Elephants and their diseases
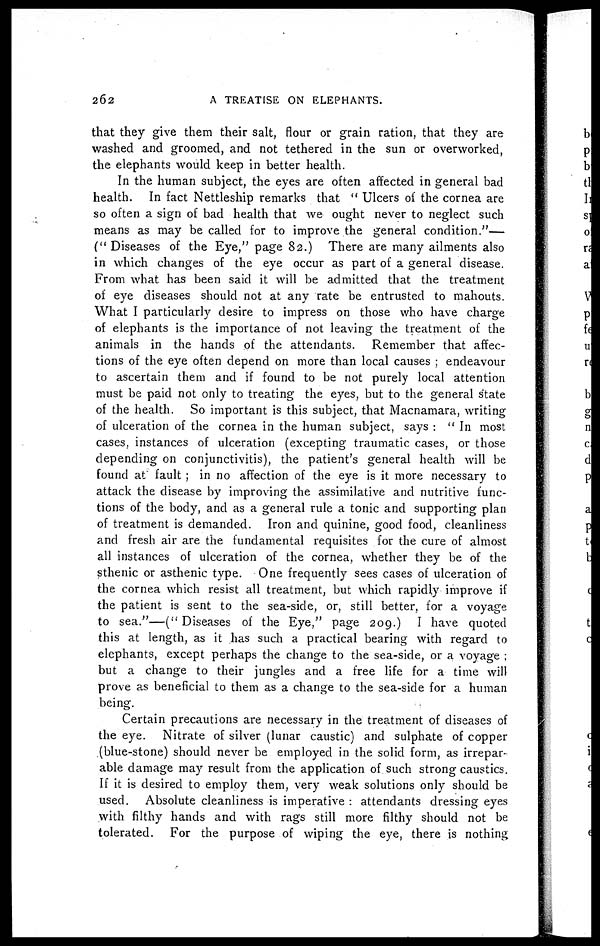
262
A TREATISE ON ELEPHANTS.
that they give them their salt, flour or grain ration, that they are
washed and groomed, and not tethered in the sun or overworked,
the elephants would keep in better health.
In the human subject, the eyes are often affected in general bad
health. In fact Nettleship remarks that " Ulcers of the cornea are
so often a sign of bad health that we ought never to neglect such
means as may be called for to improve the general condition."—
(" Diseases of the Eye," page 82.) There are many ailments also
in which changes of the eye occur as part of a general disease.
From what has been said it will be admitted that the treatment
of eye diseases should not at any rate be entrusted to mahouts.
What I particularly desire to impress on those who have charge
of elephants is the importance of not leaving the treatment of the
animals in the hands of the attendants. Remember that affec-
tions of the eye often depend on more than local causes ; endeavour
to ascertain them and if found to be not purely local attention
must be paid not only to treating the eyes, but to the general state
of the health. So important is this subject, that Macnamara, writing
of ulceration of the cornea in the human subject, says : " In most
cases, instances of ulceration (excepting traumatic cases, or those
depending on conjunctivitis), the patient's general health will be
found at" fault ; in no affection of the eye is it more necessary to
attack the disease by improving the assimilative and nutritive func-
tions of the body, and as a general rule a tonic and supporting plan
of treatment is demanded. Iron and quinine, good food, cleanliness
and fresh air are the fundamental requisites for the cure of almost
all instances of ulceration of the cornea, whether they be of the
sthenic or asthenic type. One frequently sees cases of ulceration of
the cornea which resist all treatment, but which rapidly improve if
the patient is sent to the sea-side, or, still better, for a voyage
to sea."—(" Diseases of the Eye," page 209.) I have quoted
this at length, as it has such a practical bearing" with regard to
elephants, except perhaps the change to the sea-side, or a voyage ;
but a change to their jungles and a free life for a time will
prove as beneficial to them as a change to the sea-side for a human
being.
Certain precautions are necessary in the treatment of diseases of
the eye. Nitrate of silver (lunar caustic) and sulphate of copper
(blue-stone) should never be employed in the solid form, as irrepar-
able damage may result from the application of such strong caustics.
If it is desired to employ them, very weak solutions only should be
used. Absolute cleanliness is imperative : attendants dressing eyes
with filthy hands and with rags still more filthy should not be
tolerated. For the purpose of wiping the eye, there is nothing